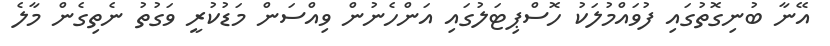
އޭނާ ބުނިގޮތުގައި ފުވައްމުލަކު ހޮސްޕިޓަލުގައި އަންހެނުން ވިއްސަން މަޑުކުރީ ވަގުތު ނެތިގެން މާލެ